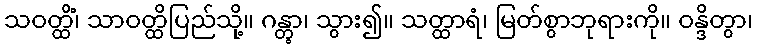
သဝတ္ထိံ၊ သာဝတ္ထိပြည်သို့။ ဂန္တွာ၊ သွား၍။ သတ္ထာရံ၊ မြတ်စွာဘုရားကို။ ဝန္ဒိတွာ၊